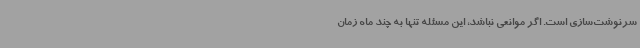
سرنوشت‌سازی است. اگر موانعی نباشد، این مسئله تنها به چند ماه زمان